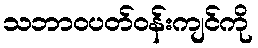
သဘာဝပတ်ဝန်းကျင်ကို